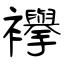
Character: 襷